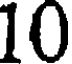
10